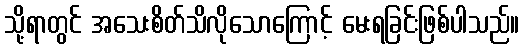
သို့ရာတွင် အသေးစိတ်သိလိုသောကြောင့် မေးရခြင်းဖြစ်ပါသည်။